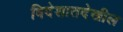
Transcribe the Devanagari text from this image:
विदेशातदेखील